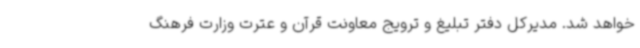
خواهد شد. مدیرکل دفتر تبلیغ و ترویج معاونت قرآن و عترت وزارت فرهنگ